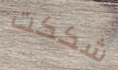
شككت